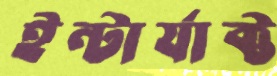
ইন্টার্যাক্ট